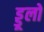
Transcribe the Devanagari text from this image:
ड्डूलों